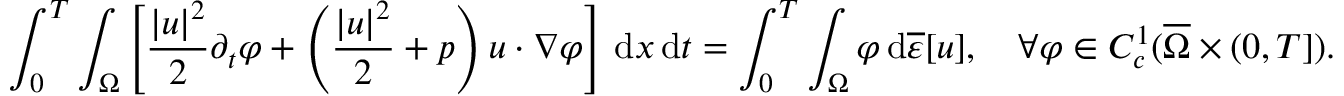
\int _ { 0 } ^ { T } \int _ { \Omega } \left[ \frac { | u | ^ { 2 } } { 2 } \partial _ { t } \varphi + \left( \frac { | u | ^ { 2 } } { 2 } + p \right) u \cdot \nabla \varphi \right] \, \mathrm { d } x \, \mathrm { d } t = \int _ { 0 } ^ { T } \int _ { \Omega } \varphi \, \mathrm { d } \overline { \varepsilon } [ u ] , \quad \forall \varphi \in C _ { c } ^ { 1 } ( \overline { \Omega } \times ( 0 , T ] ) .